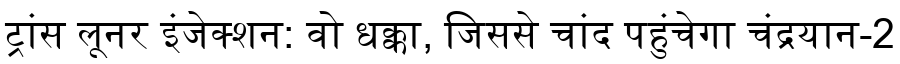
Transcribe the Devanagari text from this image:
ट्रांस लूनर इंजेक्शन: वो धक्का, जिससे चांद पहुंचेगा चंद्रयान-2